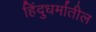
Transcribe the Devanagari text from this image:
हिंदुधर्मातील